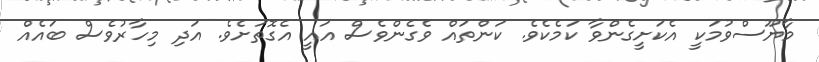
މާޔޫސްވުމަކީ އެކަށީގެންވާ ކަމެކެވެ. ކަންތައް ވެގެންވެސް އައީ އެގޮތަށެވެ. އަދި މިހާރުވެސް ބައެއް